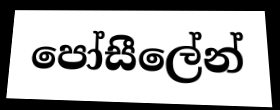
පෝසීලේන්